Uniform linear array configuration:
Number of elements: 48
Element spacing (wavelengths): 0.25
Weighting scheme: hann
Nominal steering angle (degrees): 45
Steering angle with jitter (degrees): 45.332
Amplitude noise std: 0.05
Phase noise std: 0.05

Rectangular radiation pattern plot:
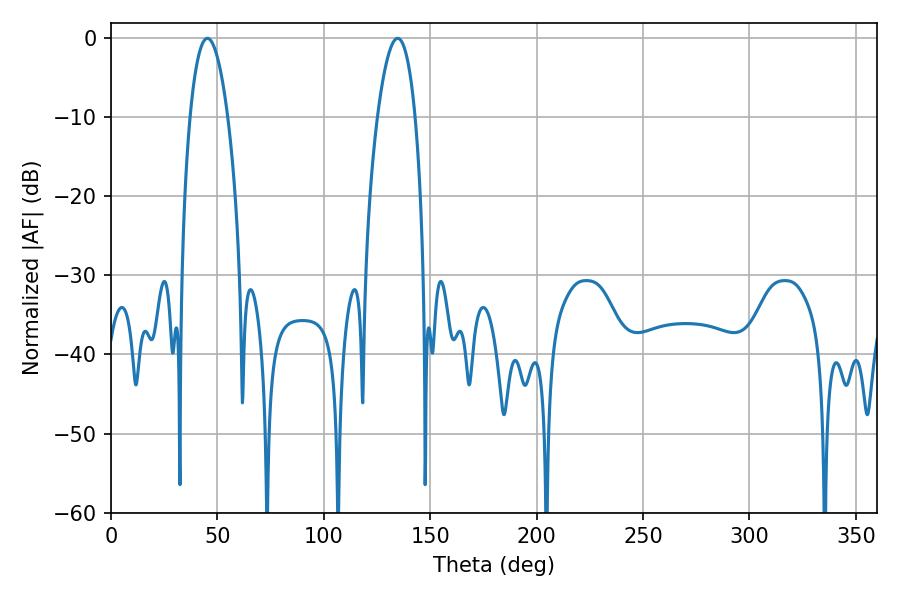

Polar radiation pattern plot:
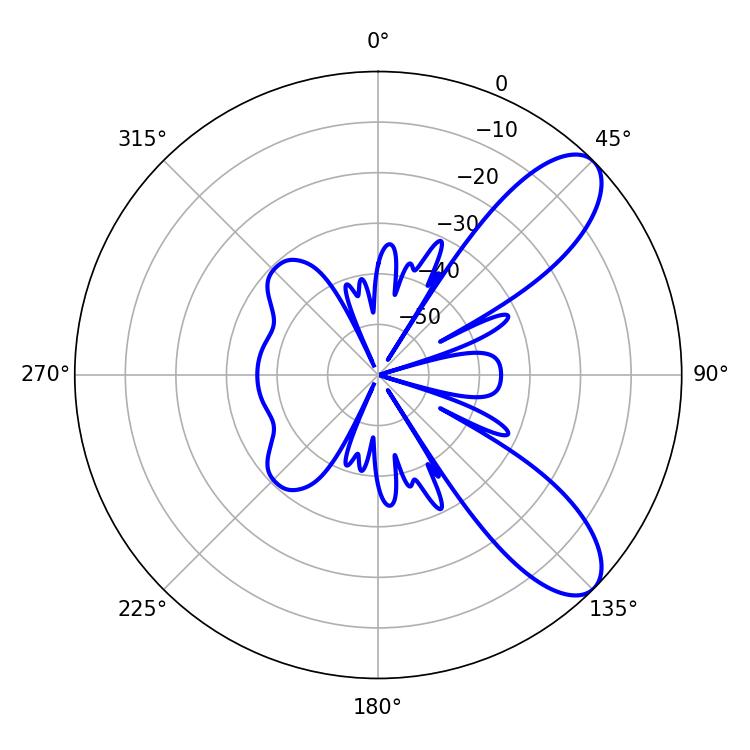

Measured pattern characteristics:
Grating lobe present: FALSE
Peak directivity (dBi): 8.833
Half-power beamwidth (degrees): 9.9
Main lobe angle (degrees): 45.36